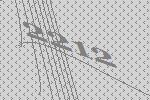
2212